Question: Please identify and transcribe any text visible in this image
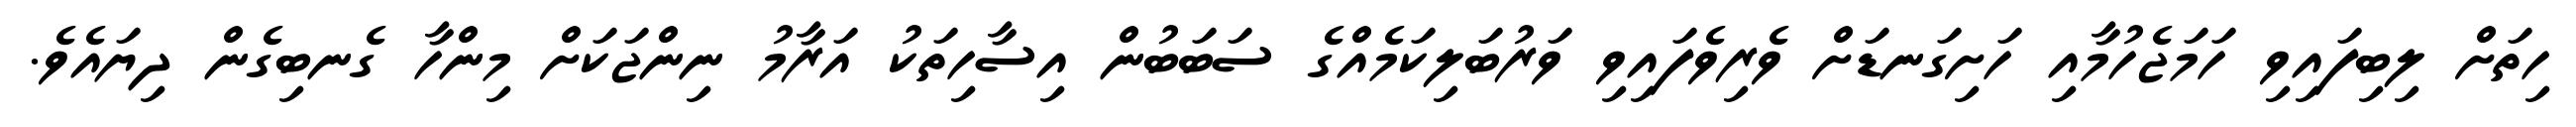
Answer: ހިތަށް ލިބިފައިވި ހަމަޖެހުމާއި ހަށިގަނޑަށް ވެރިވެފައިވި ވަރުބަލިކަމެއްގެ ސަބަބުން އިސާހިތަކު އަރާމު ނިންޖަކަށް މިންހާ ގެނބިގެން ދިޔައެވެ.